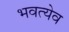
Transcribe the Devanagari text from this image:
भवत्येव